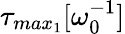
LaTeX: \tau_{max_{1}}[\omega_{0}^{-1}]